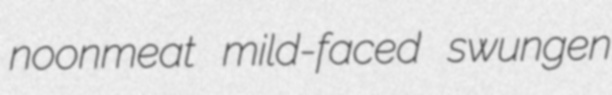
noonmeat mild-faced swungen